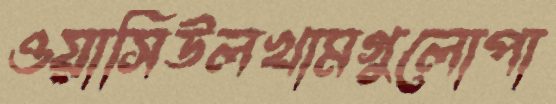
ওয়াসিউলখামগুলোপা